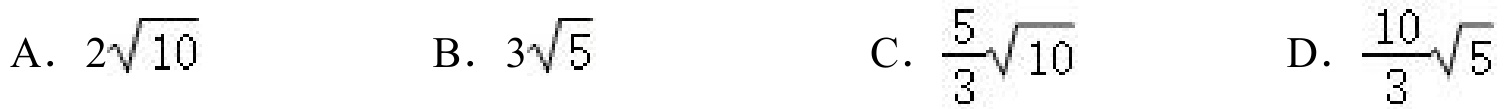
A. \(2\sqrt{10}\)
B. \(3\sqrt{5}\)
C. \(\frac{5}{3}\sqrt{10}\)
D. \(\frac{10}{3}\sqrt{5}\)